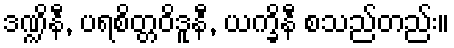
ဒဏ္ဍိနီ, ပရစိတ္တဝိဒူနီ, ယက္ခိနီ စသည်တည်း။